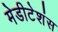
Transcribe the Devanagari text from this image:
मेडीटेशंस